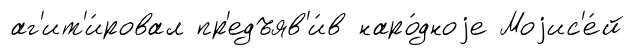
аг'ит'и́ровал пр'едъяв'и́в наро́дноjе Моjис'е́й